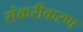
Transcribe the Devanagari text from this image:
संकरीकरण